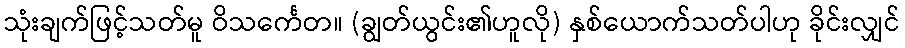
သုံးချက်ဖြင့်သတ်မူ ဝိသင်္ကေတ။ (ချွတ်ယွင်း၏ဟူလို) နှစ်ယောက်သတ်ပါဟု ခိုင်းလျှင်